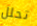
تحلل